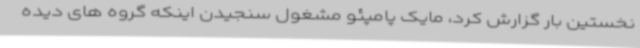
نخستین بار گزارش کرد، مایک پامپئو مشغول سنجیدن اینکه گروه های دیده